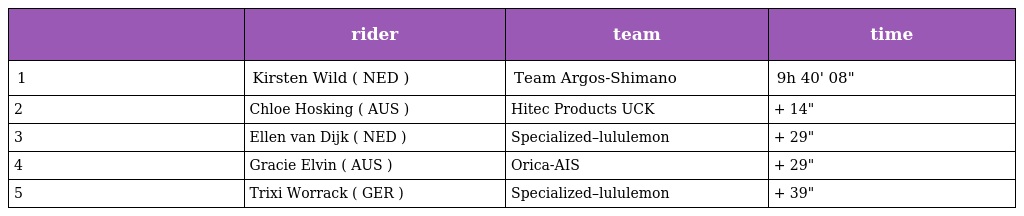
|  | rider | team | time |
 | --- | --- | --- | --- |
 | 1 | Kirsten Wild ( NED ) | Team Argos-Shimano | 9h 40' 08" |
 | 2 | Chloe Hosking ( AUS ) | Hitec Products UCK | + 14" |
 | 3 | Ellen van Dijk ( NED ) | Specialized–lululemon | + 29" |
 | 4 | Gracie Elvin ( AUS ) | Orica-AIS | + 29" |
 | 5 | Trixi Worrack ( GER ) | Specialized–lululemon | + 39" |